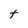
Character: t